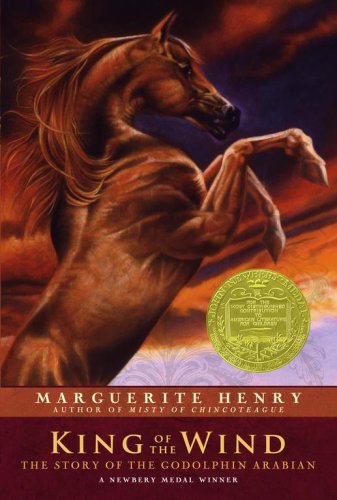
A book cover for King of the Wind: The Story of the Godolphin Arabian; Marguerite Henry; Children's Books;